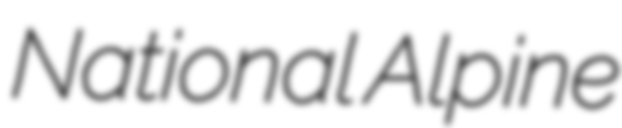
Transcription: National Alpine